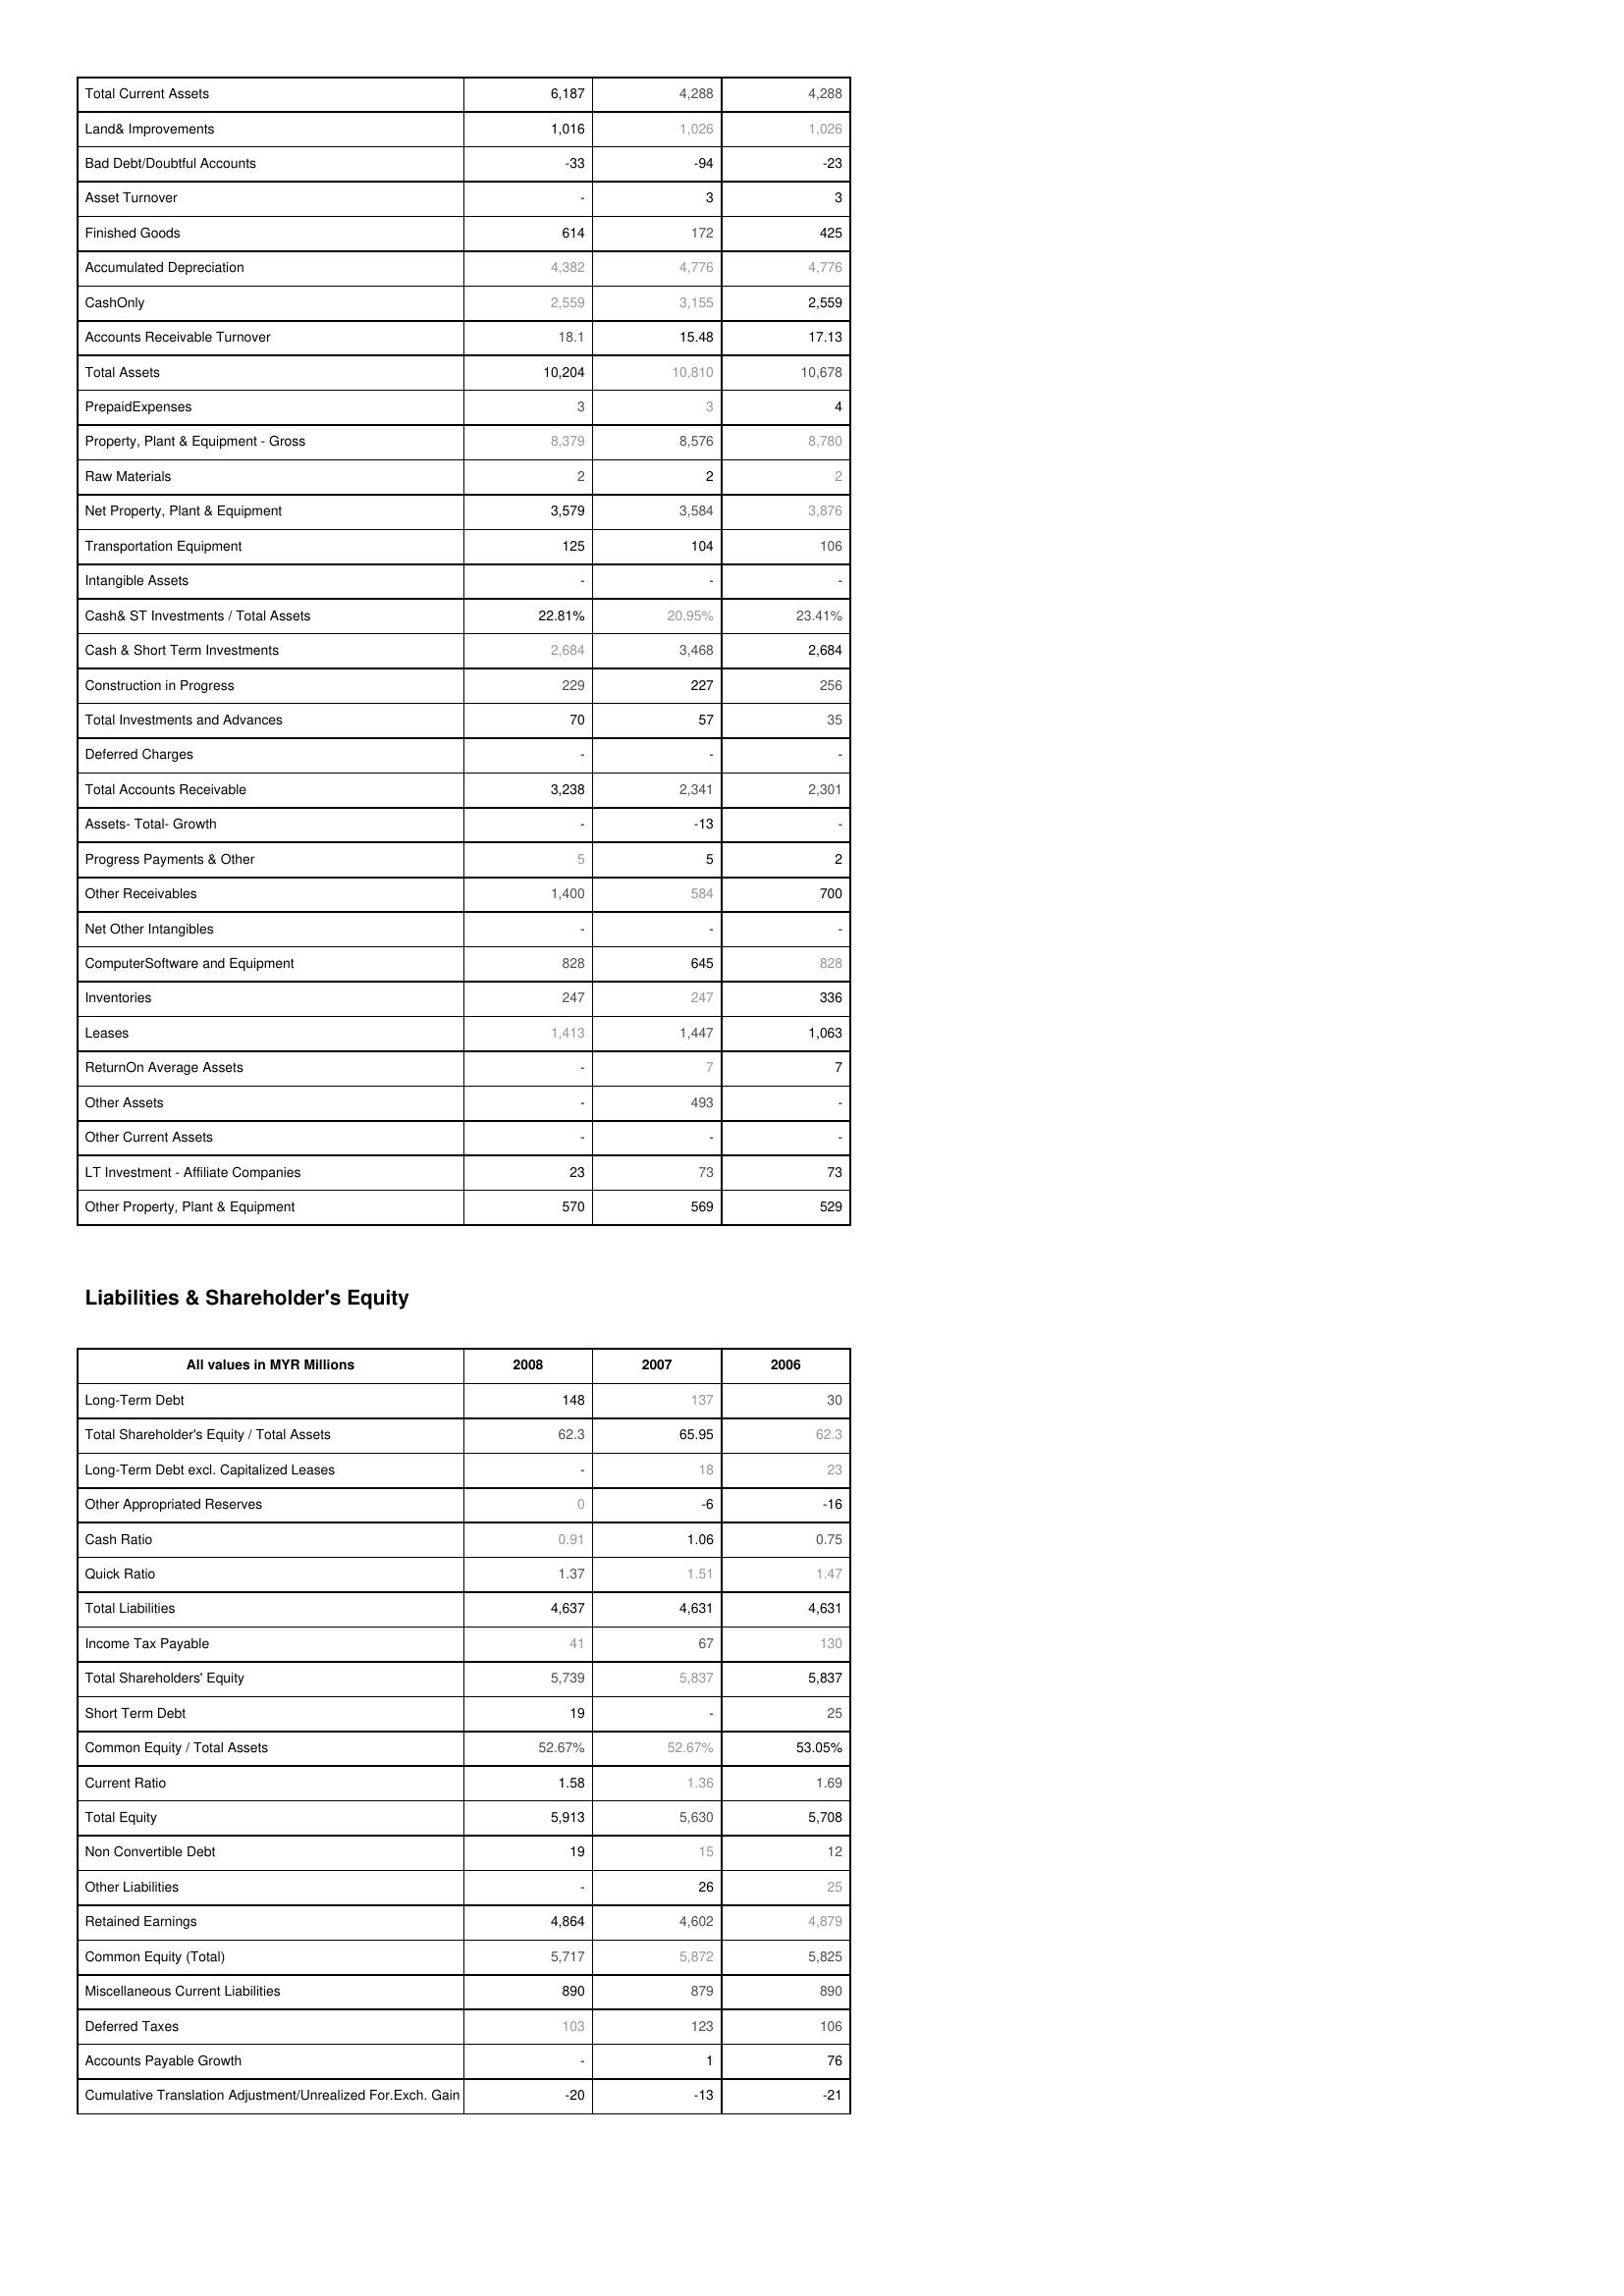
2008: Assets: Total Current Assets: 6,187
Land& Improvements: 1,016
Bad Debt/Doubtful Accounts: -33
Asset Turnover: -
Finished Goods: 614
Accumulated Depreciation: 4,382
CashOnly: 2,559
Accounts Receivable Turnover: 18.1
Total Assets: 10,204
PrepaidExpenses: 3
Property, Plant & Equipment - Gross : 8,379
Raw Materials: 2
Net Property, Plant & Equipment: 3,579
Transportation Equipment: 125
Intangible Assets: -
Cash& ST Investments / Total Assets: 22.81%
Cash & Short Term Investments: 2,684
Construction in Progress: 229
Total Investments and Advances: 70
Deferred Charges: -
Total Accounts Receivable: 3,238
Assets- Total- Growth: -
Progress Payments & Other: 5
Other Receivables: 1,400
Net Other Intangibles: -
ComputerSoftware and Equipment: 828
Inventories: 247
Leases: 1,413
ReturnOn Average Assets: -
Other Assets: -
Other Current Assets: -
LT Investment - Affiliate Companies: 23
Other Property, Plant & Equipment: 570
Liabilities & Shareholder's Equity: Long-Term Debt: 148
Total Shareholder's Equity / Total Assets: 62.3
Long-Term Debt excl. Capitalized Leases: -
Other Appropriated Reserves: 0
Cash Ratio: 0.91
Quick Ratio: 1.37
Total Liabilities: 4,637
Income Tax Payable: 41
Total Shareholders' Equity: 5,739
Short Term Debt: 19
Common Equity / Total Assets: 52.67%
Current Ratio: 1.58
Total Equity: 5,913
Non Convertible Debt: 19
Other Liabilities: -
Retained Earnings: 4,864
Common Equity (Total): 5,717
Miscellaneous Current Liabilities: 890
Deferred Taxes: 103
Accounts Payable Growth: -
Cumulative Translation Adjustment/Unrealized For.Exch. Gain: -20
2007: Assets: Total Current Assets: 4,288
Land& Improvements: 1,026
Bad Debt/Doubtful Accounts: -94
Asset Turnover: 3
Finished Goods: 172
Accumulated Depreciation: 4,776
CashOnly: 3,155
Accounts Receivable Turnover: 15.48
Total Assets: 10,810
PrepaidExpenses: 3
Property, Plant & Equipment - Gross : 8,576
Raw Materials: 2
Net Property, Plant & Equipment: 3,584
Transportation Equipment: 104
Intangible Assets: -
Cash& ST Investments / Total Assets: 20.95%
Cash & Short Term Investments: 3,468
Construction in Progress: 227
Total Investments and Advances: 57
Deferred Charges: -
Total Accounts Receivable: 2,341
Assets- Total- Growth: -13
Progress Payments & Other: 5
Other Receivables: 584
Net Other Intangibles: -
ComputerSoftware and Equipment: 645
Inventories: 247
Leases: 1,447
ReturnOn Average Assets: 7
Other Assets: 493
Other Current Assets: -
LT Investment - Affiliate Companies: 73
Other Property, Plant & Equipment: 569
Liabilities & Shareholder's Equity: Long-Term Debt: 137
Total Shareholder's Equity / Total Assets: 65.95
Long-Term Debt excl. Capitalized Leases: 18
Other Appropriated Reserves: -6
Cash Ratio: 1.06
Quick Ratio: 1.51
Total Liabilities: 4,631
Income Tax Payable: 67
Total Shareholders' Equity: 5,837
Short Term Debt: -
Common Equity / Total Assets: 52.67%
Current Ratio: 1.36
Total Equity: 5,630
Non Convertible Debt: 15
Other Liabilities: 26
Retained Earnings: 4,602
Common Equity (Total): 5,872
Miscellaneous Current Liabilities: 879
Deferred Taxes: 123
Accounts Payable Growth: 1
Cumulative Translation Adjustment/Unrealized For.Exch. Gain: -13
2006: Assets: Total Current Assets: 4,288
Land& Improvements: 1,026
Bad Debt/Doubtful Accounts: -23
Asset Turnover: 3
Finished Goods: 425
Accumulated Depreciation: 4,776
CashOnly: 2,559
Accounts Receivable Turnover: 17.13
Total Assets: 10,678
PrepaidExpenses: 4
Property, Plant & Equipment - Gross : 8,780
Raw Materials: 2
Net Property, Plant & Equipment: 3,876
Transportation Equipment: 106
Intangible Assets: -
Cash& ST Investments / Total Assets: 23.41%
Cash & Short Term Investments: 2,684
Construction in Progress: 256
Total Investments and Advances: 35
Deferred Charges: -
Total Accounts Receivable: 2,301
Assets- Total- Growth: -
Progress Payments & Other: 2
Other Receivables: 700
Net Other Intangibles: -
ComputerSoftware and Equipment: 828
Inventories: 336
Leases: 1,063
ReturnOn Average Assets: 7
Other Assets: -
Other Current Assets: -
LT Investment - Affiliate Companies: 73
Other Property, Plant & Equipment: 529
Liabilities & Shareholder's Equity: Long-Term Debt: 30
Total Shareholder's Equity / Total Assets: 62.3
Long-Term Debt excl. Capitalized Leases: 23
Other Appropriated Reserves: -16
Cash Ratio: 0.75
Quick Ratio: 1.47
Total Liabilities: 4,631
Income Tax Payable: 130
Total Shareholders' Equity: 5,837
Short Term Debt: 25
Common Equity / Total Assets: 53.05%
Current Ratio: 1.69
Total Equity: 5,708
Non Convertible Debt: 12
Other Liabilities: 25
Retained Earnings: 4,879
Common Equity (Total): 5,825
Miscellaneous Current Liabilities: 890
Deferred Taxes: 106
Accounts Payable Growth: 76
Cumulative Translation Adjustment/Unrealized For.Exch. Gain: -21